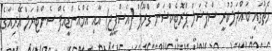
މެޗުގައި ބައްދަލުކުރީ ސްޕެޝަލް ޕްރޮޓެކްޝަން ގްރޫޕް (އެސްޕީޖީ) އާއި އެމްއެންޑީއެފް ސެންޓްރަލް އޭރިއާގެ